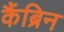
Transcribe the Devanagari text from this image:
कैंब्रिन